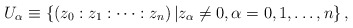
\begin{align*}U_{\alpha} \equiv \left\{ (z_{0}:z_{1}:\dots:z_{n}) \left\vert z_{\alpha}\neq 0, \alpha=0,1,\dots,n \right\},\right.\end{align*}